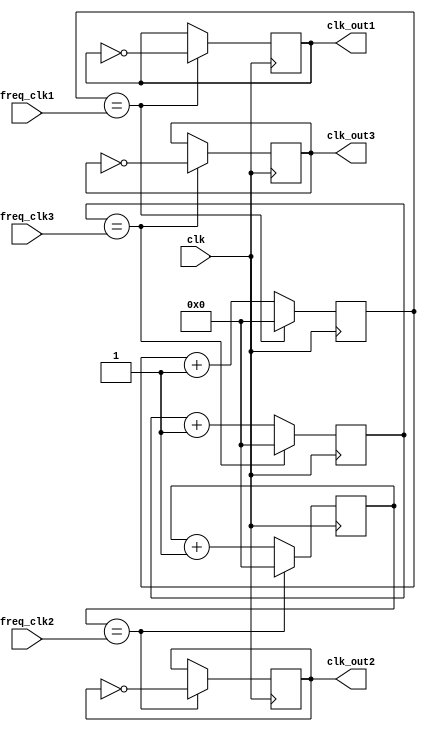
module MultirateTimer (
    input wire clk,
    input wire [3:0] freq_clk1,
    input wire [3:0] freq_clk2,
    input wire [3:0] freq_clk3,
    output reg clk_out1,
    output reg clk_out2,
    output reg clk_out3
);

reg [3:0] count_clk1;
reg [3:0] count_clk2;
reg [3:0] count_clk3;

always @(posedge clk) begin
    if (count_clk1 == freq_clk1) begin
        count_clk1 <= 4'b0000;
        clk_out1 <= ~clk_out1;
    end else begin
        count_clk1 <= count_clk1 + 1;
    end
    
    if (count_clk2 == freq_clk2) begin
        count_clk2 <= 4'b0000;
        clk_out2 <= ~clk_out2;
    end else begin
        count_clk2 <= count_clk2 + 1;
    end
    
    if (count_clk3 == freq_clk3) begin
        count_clk3 <= 4'b0000;
        clk_out3 <= ~clk_out3;
    end else begin
        count_clk3 <= count_clk3 + 1;
    end
end

endmodule